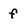
Character: f